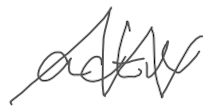
Text: active
Cross-out: zig-zag
Writing tool: digital_gray